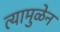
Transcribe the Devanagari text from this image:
त्यामुळेन